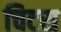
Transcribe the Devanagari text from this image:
चिटस